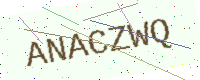
Text: ANACZWQ